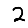
Digit: 2